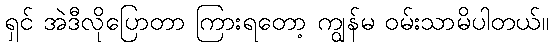
ရှင် အဲဒီလိုပြောတာ ကြားရတော့ ကျွန်မ ဝမ်းသာမိပါတယ်။